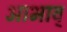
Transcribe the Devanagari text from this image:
आभाव्